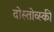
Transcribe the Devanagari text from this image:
दोस्तोव्स्की